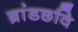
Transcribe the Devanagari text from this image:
ब्रांडछवि